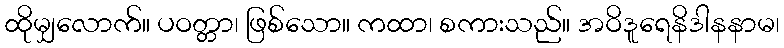
ထိုမျှလောက်။ ပဝတ္တာ၊ ဖြစ်သော။ ကထာ၊ စကားသည်။ အဝိဒူရေနိဒါနနာမ၊